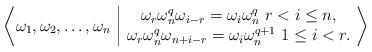
LaTeX: \begin{align*}\bigg\langle \omega_1, \omega_2, \dots, \omega_n \ \bigg\vert\ \begin{matrix}\omega_r \omega_n^q \omega_{i-r} =\omega_i \omega_n^q~r < i \leq n,\\\omega_r \omega_n^q \omega_{n+i-r}=\omega_i \omega_n^{q+1}~1\leq i <r.\end{matrix}\ \bigg\rangle\end{align*}